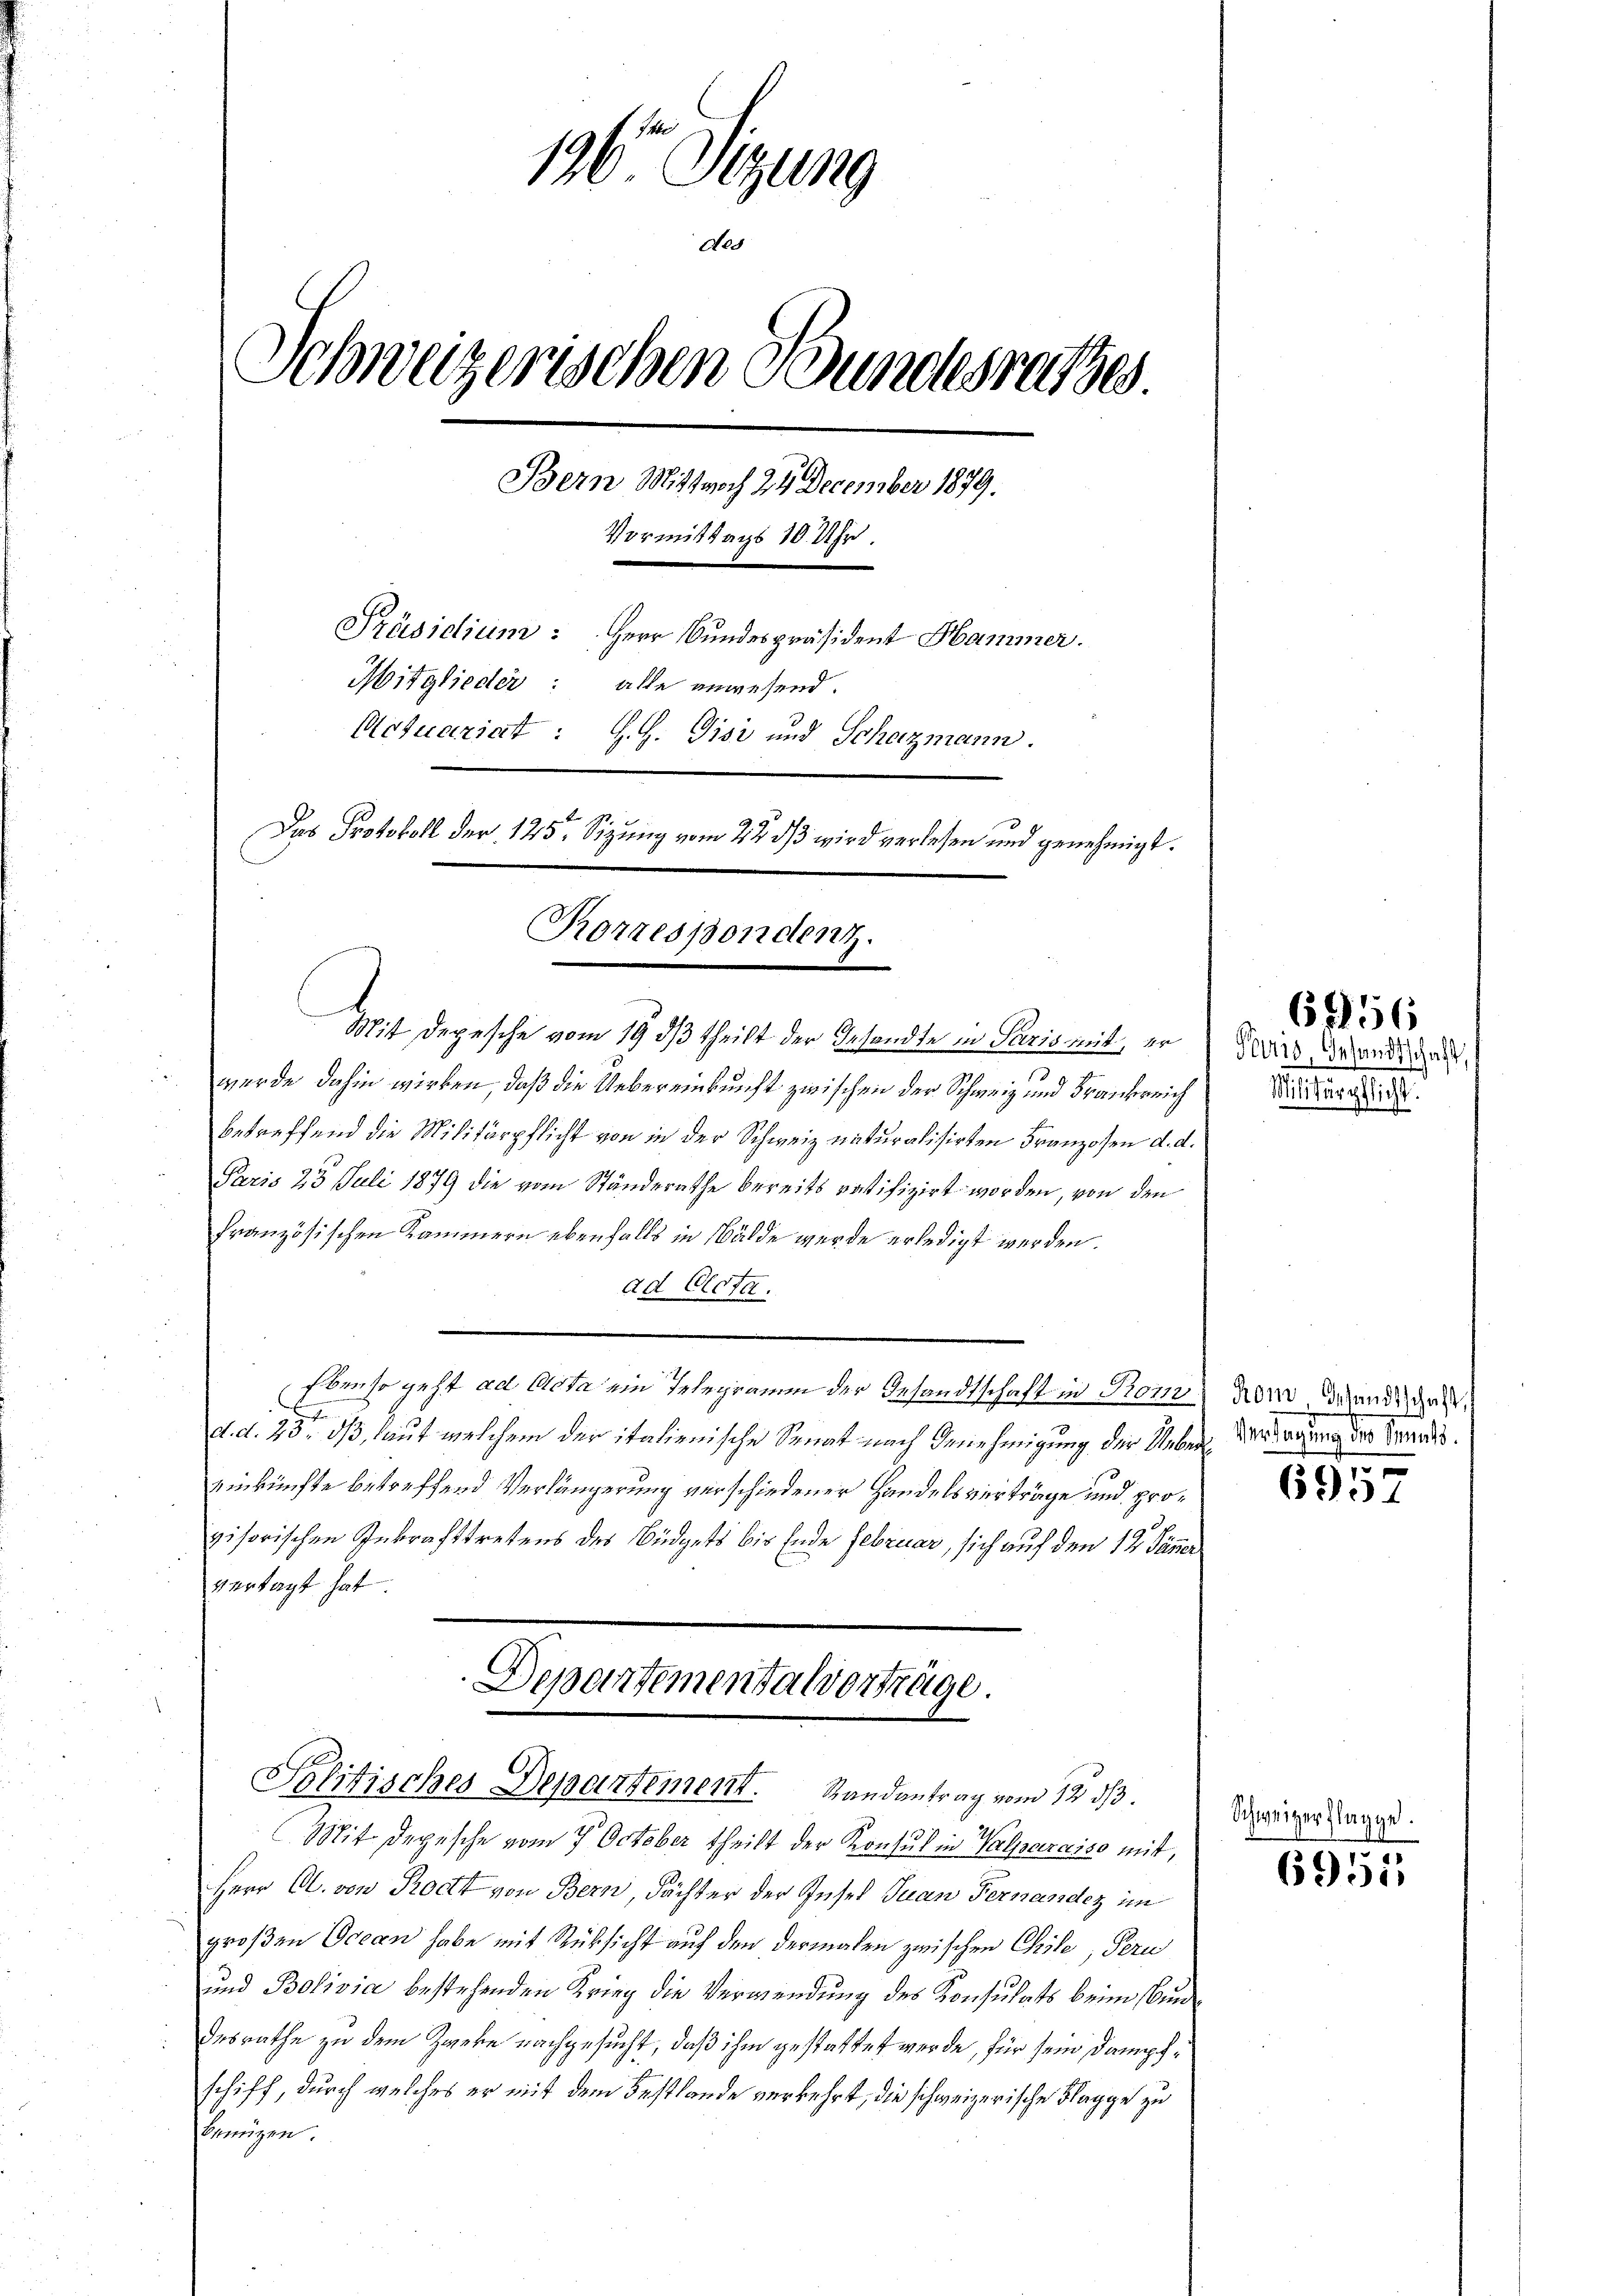
136 Sitzung
Nes
Schweizerischen Bundesrathes
Bern Mittwoch 24 December 1879.
Vormittags 10 Uhr.
Präsidium: Herr Bundespräsident Hammer.
Mitglieder: alle anwesend.
Actuariat : J. J. Gisi und Schazmann.
Das Protokoll der 125. Sizung vom 23. ds wird verlesen und genehmigt.
Rorrespondenz.

Mit Depesche vom 19. dβ theilt der Gesandte in Paris mit, er
wurde dahin wirken, daß die Uebereinkunft zwischen der Schweiz und Frankreich
betreffend die Militärpflicht von in der Schweiz naturalisirten Franzosen d. d.
Paris 23 Juli 1879 die vom Ständerathe bereits ratifizirt worden, von den
französischen Kammern ebenfalls in Bälde wurde erledigt werden.
ad Clota.
Ebenso geht ad Acta ein Telegramm der Gesandtschaft in Prom
J
d. d. 23. dß, laut welchem der italienische Senat nach Genehmigung der Ueber Wiederung der Kandis
Einkünfte betreffend Verlängerung verschiedener Handelsverträge und provisorischen Inkrafttretens des Büdgets bis Ende Februar, sich auf den 12. Jänner
vertagt hat.
Departementalverträge.

Politisches Departement. Randantrag vom 12. ds.

Mit Depesche vom 7. October theilt der Konsul in Valparaiso mit,
Herr C. von Roctt von Bern, Dächter der Insel Juan Fernander im
großen Ocean habe mit Rücksicht auf den dermalen zwischen Chile, Pern
und Bolivia bestehenden Krieg die Verwendung des Konsulats beim Bundesrathe zu dem Zweke nachgesucht, daß ihm gestattet werde, für sein Dampfschiff, durch welches er mit dem Festlände verkehrt, die schweizerische Klagge zu
benützen.

Paris Gesandtschaft,
.
Militärpflicht.

6856

Kom Gesandtschaft,

6957

Schweizer Flagge.

6951